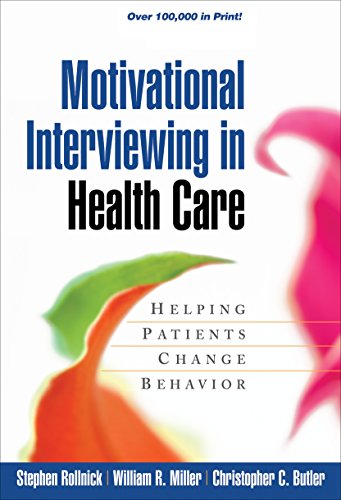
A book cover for Motivational Interviewing in Health Care: Helping Patients Change Behavior (Applications of Motivational Interviewing); Stephen Rollnick; Medical Books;